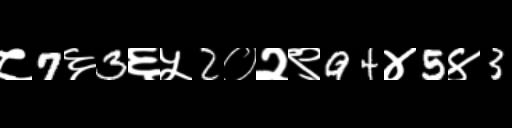
Text: ८7६3६५2०२९94४5४3